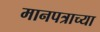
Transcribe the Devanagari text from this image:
मानपत्राच्या